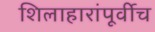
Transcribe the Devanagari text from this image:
शिलाहारांपूर्वीच